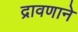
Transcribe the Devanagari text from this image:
द्रावणाने